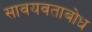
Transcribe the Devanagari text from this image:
सावयवताबोध